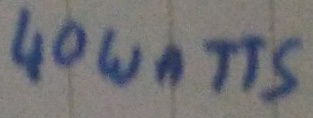
Text: 40 WATTS